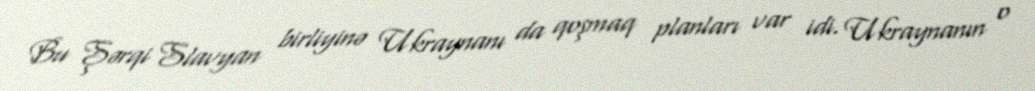
Bu Şərqi Slavyan birliyinə Ukraynanı da qoşmaq planları var idi. Ukraynanın o